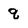
Character: q